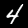
Label: 4